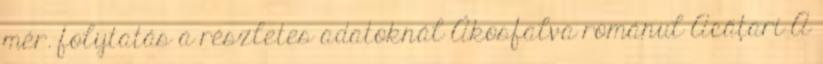
mér. folytatás a részletes adatoknál Ákosfalva románul Acăţari A